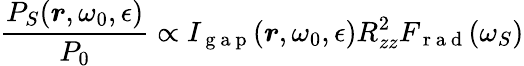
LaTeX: \frac{P_{S}(\boldsymbol{r},\omega_{0},\epsilon)}{P_{0}}\propto I_{\mathrm{~g~a~p~}}(\boldsymbol{r},\omega_{0},\epsilon)R_{zz}^{2}F_{\mathrm{~r~a~d~}}(\omega_{S})